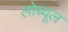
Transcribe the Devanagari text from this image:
लोब्यूल